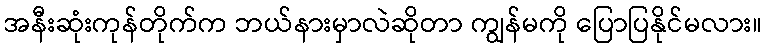
အနီးဆုံးကုန်တိုက်က ဘယ်နားမှာလဲဆိုတာ ကျွန်မကို ပြောပြနိုင်မလား။